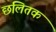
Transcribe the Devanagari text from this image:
छलितक